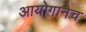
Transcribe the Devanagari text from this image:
आयोगानेच